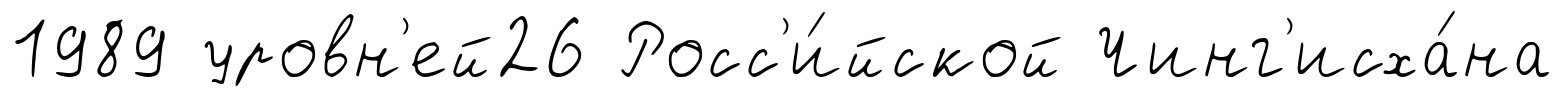
1989 уровн'ей26 Росс'и́йской Чинг'исха́на